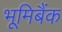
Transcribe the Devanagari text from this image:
भूमिबैंक